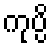
ကုပ္ပိ